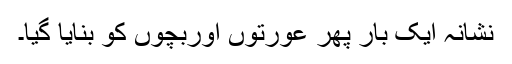
نشانہ ایک بار پھر عورتوں اوربچوں کو بنایا گیا۔